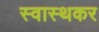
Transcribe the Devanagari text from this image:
स्वास्थकर